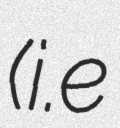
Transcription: (i.e